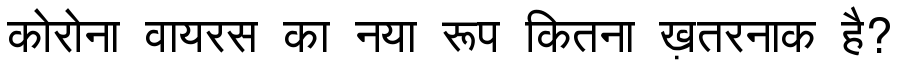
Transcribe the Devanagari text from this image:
कोरोना वायरस का नया रूप कितना ख़तरनाक है?